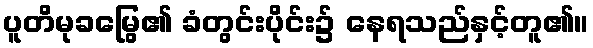
ပူတိမုခမြွေ၏ ခံတွင်းပိုင်း၌ နေရသည်နှင့်တူ၏။